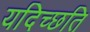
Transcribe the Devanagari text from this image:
यदिच्छति